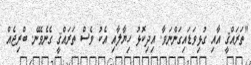
"ތަރައްޤީ އާއި ގުޅިވަޑައިގަންނަވާ. އިދިކޮޅު ހިޔާލާއި އެކު ވެސް ތަރައްޤީ ގެނެވޭނެ. ބްރިޖެއް